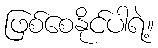
ဖြစ်စေနိုင်ပါရဲ့။